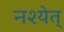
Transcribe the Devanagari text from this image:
नश्येत्